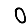
Digit: 0